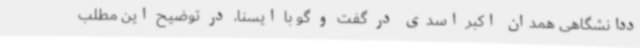
ددانشگاهی همدان اکبر اسدی در گفت و گو با ایسنا، در توضیح این مطلب